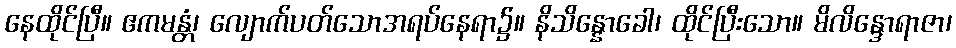
နေထိုင်ပြီ။ ဧကမန္တံ၊ လျောက်ပတ်သောအရပ်နေရာ၌။ နိသိန္နောခေါ၊ ထိုင်ပြီးသော။ မိလိန္ဒောရာဇာ၊